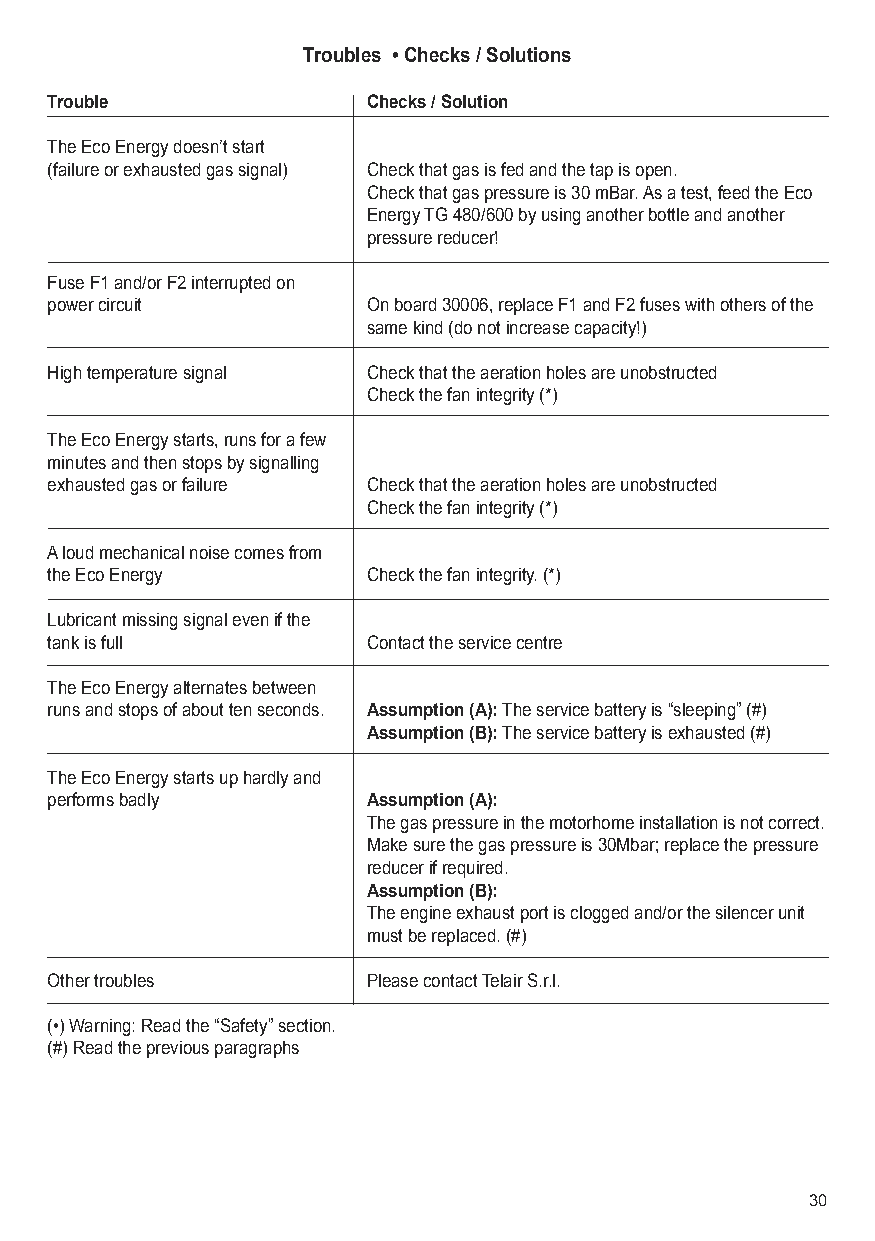
Troubles • Checks / Solutions
 Trouble              Checks / Solution
 The Eco Energy doesn’t start
 (failure or exhausted gas signal) Check that gas is fed and the tap is open.
 Check that gas pressure is 30 mBar. As a test, feed the Eco
 Energy TG 480/600 by using another bottle and another
 pressure reducer!
 Fuse F1 and/or F2 interrupted on
 power circuit        On board 30006, replace F1 and F2 fuses with others of the
 same kind (do not increase capacity!)
 High temperature signal Check that the aeration holes are unobstructed
 Check the fan integrity (*)
 The Eco Energy starts, runs for a few
 minutes and then stops by signalling
 exhausted gas or failure Check that the aeration holes are unobstructed
 Check the fan integrity (*)
 A loud mechanical noise comes from
 the Eco Energy       Check the fan integrity. (*)
 Lubricant missing signal even if the
 tank is full         Contact the service centre
 The Eco Energy alternates between
 runs and stops of about ten seconds. Assumption (A):The service battery is “sleeping” (#)
 Assumption (B):The service battery is exhausted (#)
 The Eco Energy starts up hardly and
 performs badly       Assumption (A):
 The gas pressure in the motorhome installation is not correct.
 Make sure the gas pressure is 30Mbar; replace the pressure
 reducer if required.
 Assumption (B):
 The engine exhaust port is clogged and/or the silencer unit
 must be replaced. (#)
 Other troubles       Please contact Telair S.r.l.
 (•) Warning: Read the “Safety” section.
 (#) Read the previous paragraphs
 30